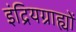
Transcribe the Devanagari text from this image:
इंद्रियग्राह्यों